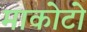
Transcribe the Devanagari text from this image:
माकोटो